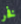
فخر